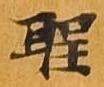
聖